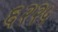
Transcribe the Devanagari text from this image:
६२२५